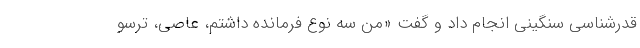
قدرشناسی سنگینی انجام داد و گفت «من سه نوع فرمانده داشتم، عاصی، ترسو